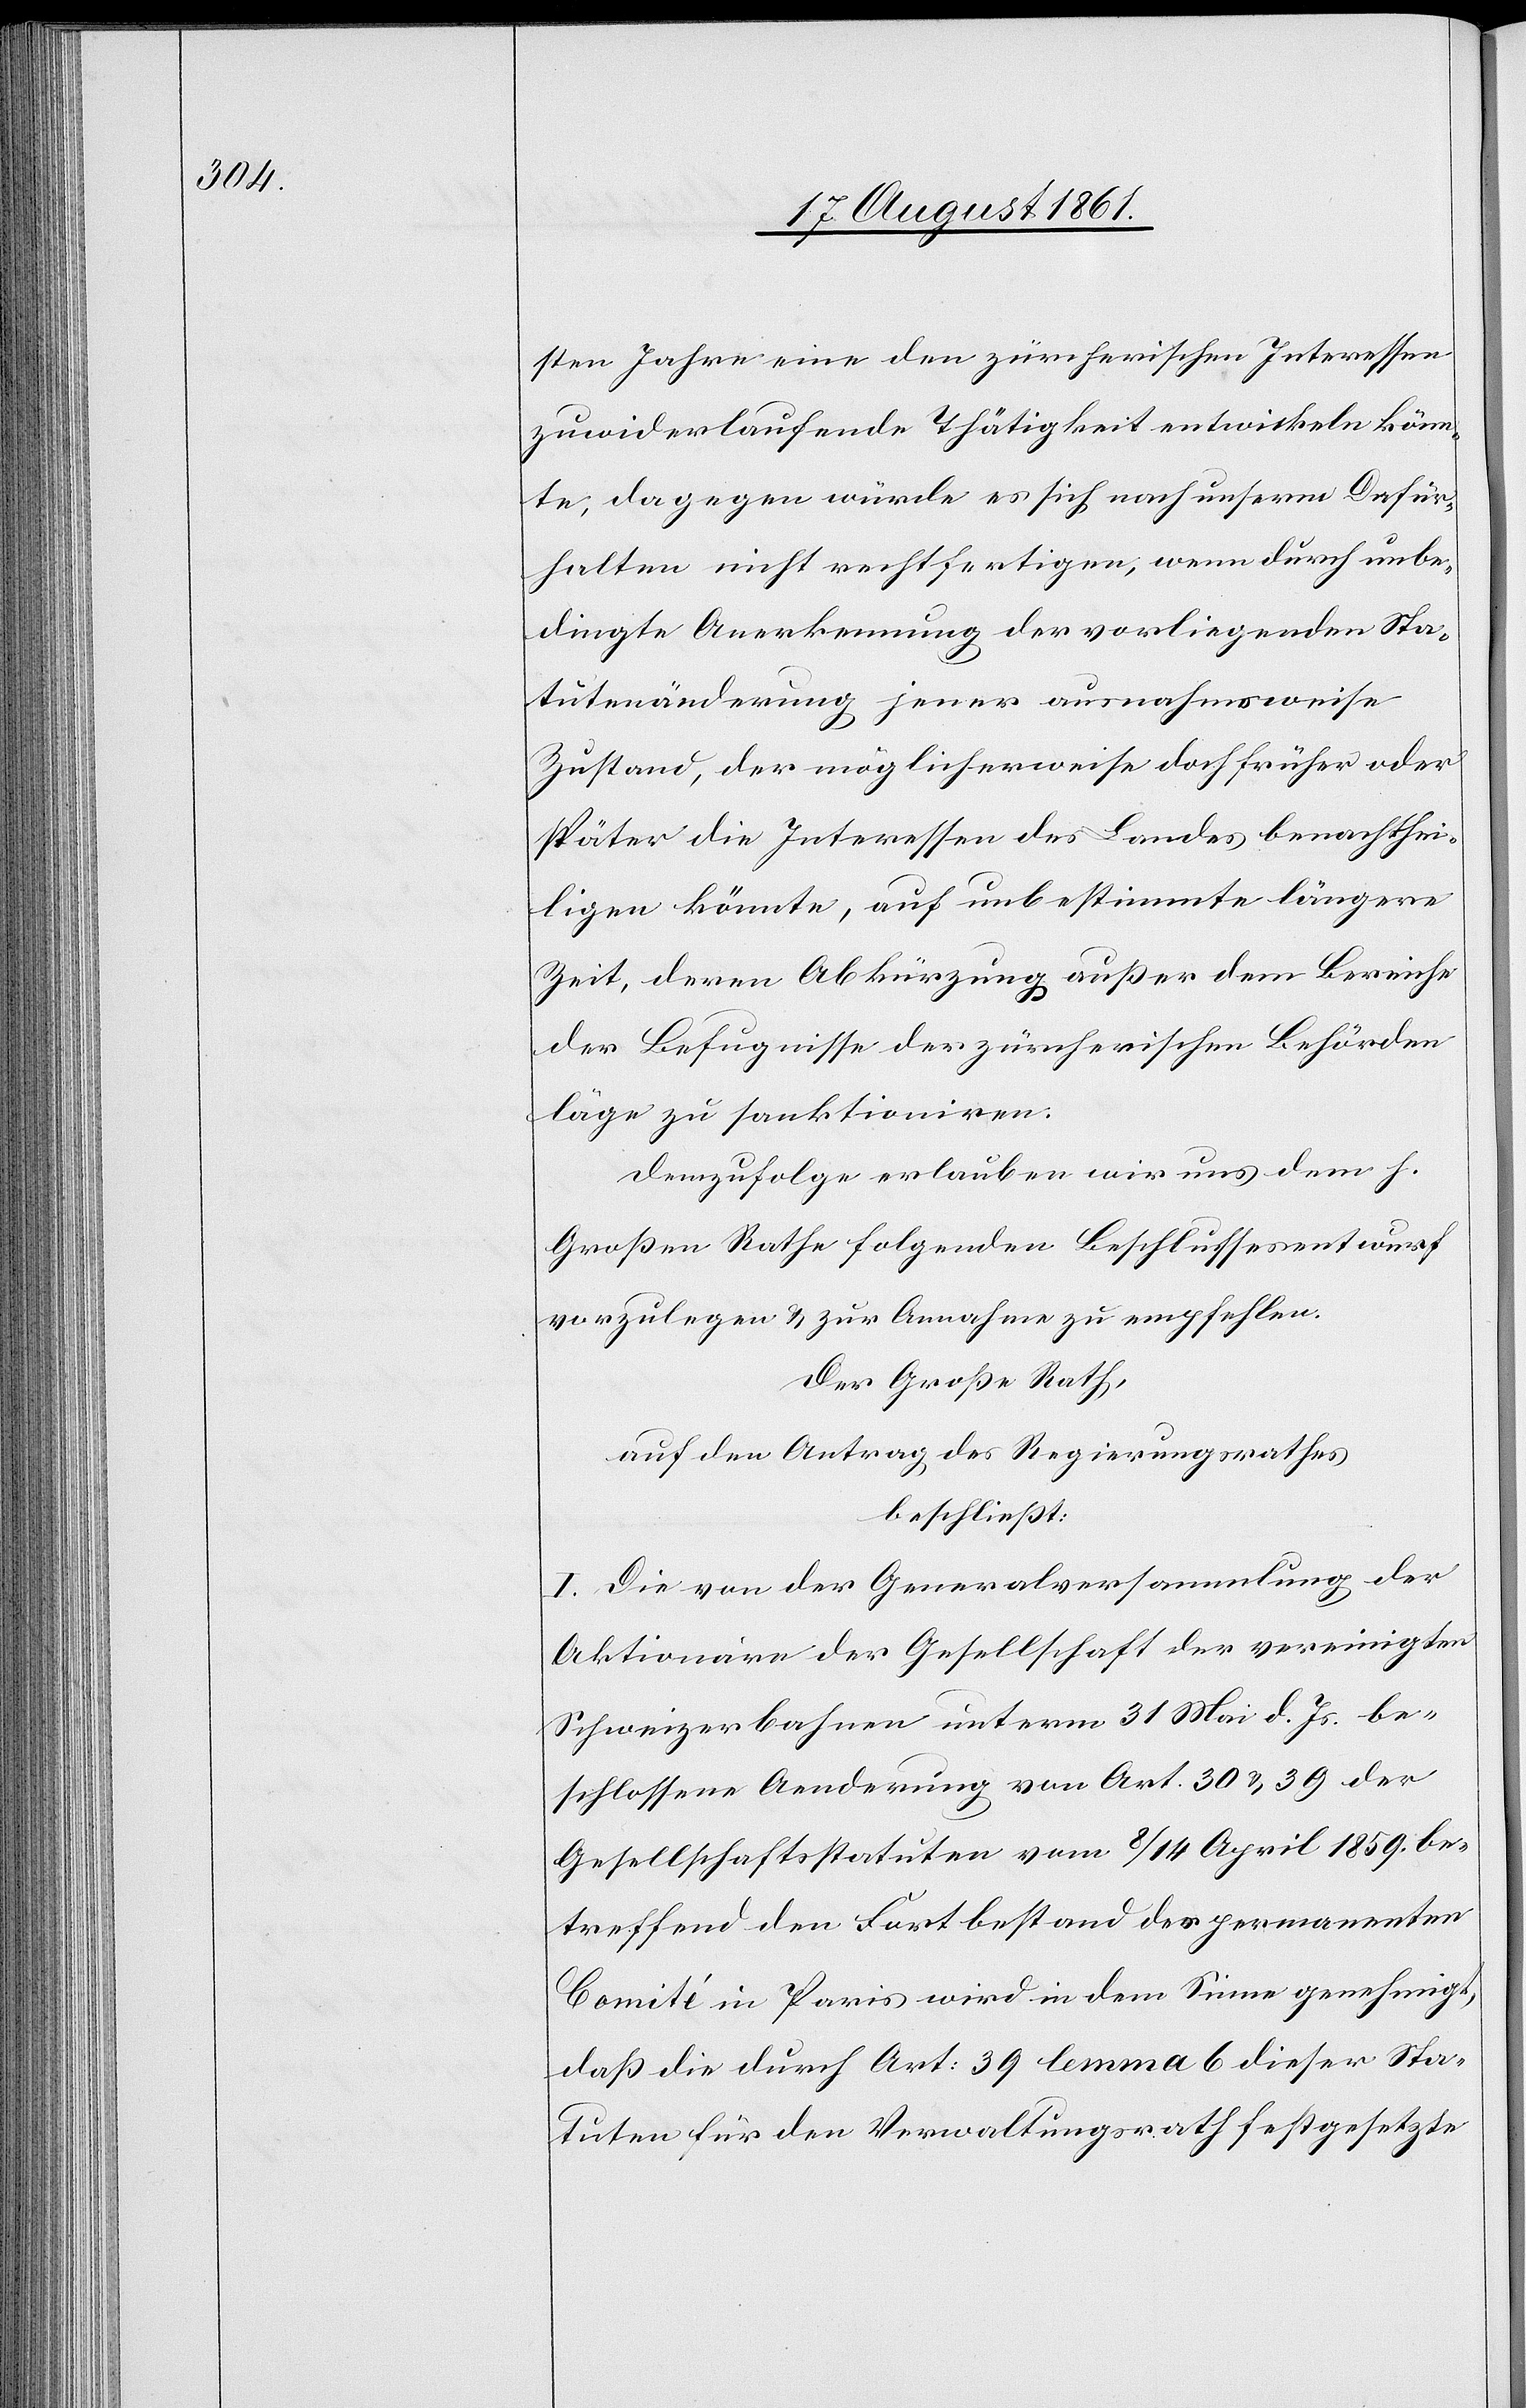
sten Jahre eine den zürcherischen Interessen
zuwiderlaufende Thätigkeit entwickeln könn¬
te, dagegen würde es sich nach unserm Dafür¬
halten nicht rechtfertigen, wenn durch unbe¬
dingte Anerkennung der vorliegenden Sta¬
tutenveränderung jener ausnahmsweise
Zustand, der möglicherweise doch früher oder
später die Interessen des Landes benachthei¬
ligen könnte, auf unbestimmte längere
Zeit, deren Abkürzung außer dem Bereiche
der Befugnisse der zürcherischen Behörden
läge zu funktionieren.
Demzufolge erlauben wir uns dem h.
Großen Rathe folgenden Beschlussesentwurf
vorzulegen u. zur Annahme zu empfehlen.
Der Große Rath,
auf den Antrag des Regierungsrathes,
beschließt:
I. Die von der Generalversammlung der
Aktionäre der Gesellschaft der vereinigten
Schweizerbahnen unterm 31 Mai d. Js. be¬
schlossene Aenderung von Art. 30 u. 39 der
Gesellschaftsstatuten vom 8/14 April 1859 be¬
treffend den Fortbestand des permanenten
Comité in Paris wird in dem Sinne genehmigt,
daß die durch Art: 39 lemma 6 dieser Sta¬
tuten für den Verwaltungsrath festgesetzte